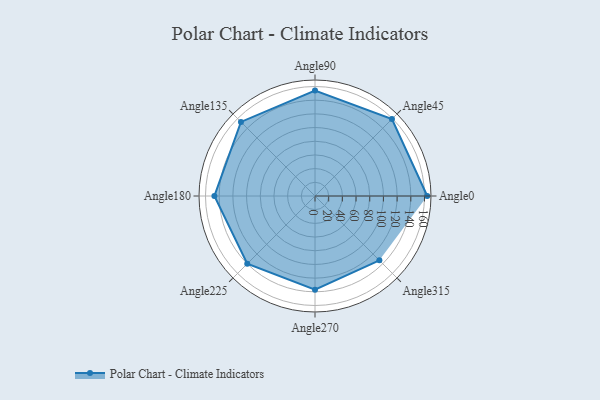
{"axis": {"x": "Angle", "y": "Radius"}, "legend": [""], "data": [{"x": "Angle0", "y": 164.0, "type": ""}, {"x": "Angle45", "y": 159.0, "type": ""}, {"x": "Angle90", "y": 154.0, "type": ""}, {"x": "Angle135", "y": 153.0, "type": ""}, {"x": "Angle180", "y": 147.0, "type": ""}, {"x": "Angle225", "y": 140.0, "type": ""}, {"x": "Angle270", "y": 137.0, "type": ""}, {"x": "Angle315", "y": 133.0, "type": ""}]}